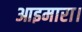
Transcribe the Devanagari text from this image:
आइमारा।